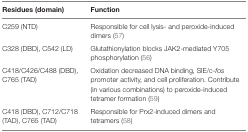
| Residues (domain) | Function |
 | --- | --- |
 | C259 (NTD) | Responsible for cell lysis- and peroxide-induced dimers (57) |
 | C328 (DBD), C542 (LD) | Glutathionylation blocks JAK2-mediated Y705 phosphorylation (56) |
 | C418/C426/C488 (DBD), C765 (TAD) | Oxidation decreased DNA binding, SIE/c-fos promoter activity, and cell proliferation. Contribute (in various combinations) to peroxide-induced tetramer formation (59) |
 | C418 (DBD), C712/C718 (TAD), C765 (TAD) | Responsible for Prx2-induced dimers and tetramers (58) |